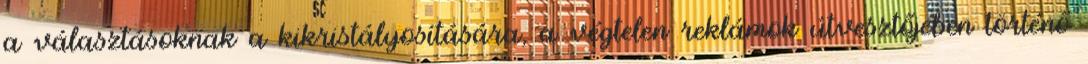
a választásoknak a kikristályosítására, a végtelen reklámok útvesztőjében történő